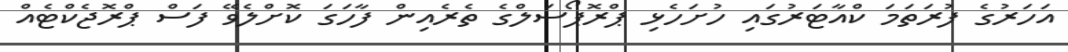
އަހަރުގެ ފުރަތަމަ ކްއާޓަރުގައި ހުށަހެޅި ޕްރޮޕޯސަލްގެ ތެރެއިން ފާހަގަ ކޮށްލެވޭ ފަސް ޕްރޮޖެކްޓެއް